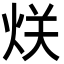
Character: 烪